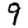
Digit: 9